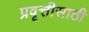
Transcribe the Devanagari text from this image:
प्रवृत्तीसाठी